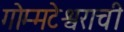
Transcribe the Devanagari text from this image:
गोम्मटेश्वराची